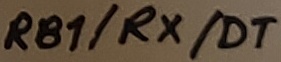
Text: RB1/RX/DT